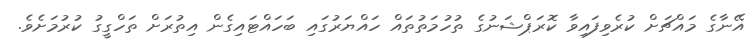
އޭނާގެ މައްޗަށް ކުރެވިފައިވާ ކޮރަޕްޝަނުގެ ތުހުމަތުތައް ހައްޔަރުގައި ބަހައްޓައިގެން އިތުރަށް ތަހްގީގު ކުރުމަށެވެ.